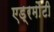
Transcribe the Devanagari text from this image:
एड्रमौंटी